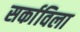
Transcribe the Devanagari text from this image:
सर्काविला